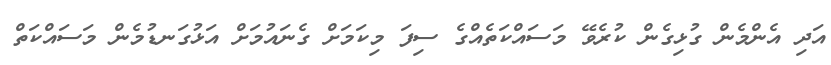
އަދި އެންމެން ގުޅިގެން ކުރެވޭ މަސައްކަތެއްގެ ސިފަ މިކަމަށް ގެނައުމަށް އަޅުގަނޑުމެން މަސައްކަތް